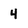
Character: 4